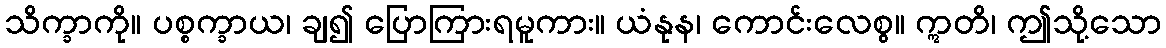
သိက္ခာကို။ ပစ္စက္ခာယ၊ ချ၍ ပြောကြားရမူကား။ ယံနုန၊ ကောင်းလေစွ။ ဣတိ၊ ဤသို့သော